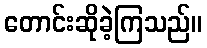
တောင်းဆိုခဲ့ကြသည်။